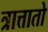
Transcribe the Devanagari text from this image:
त्रात्तातो